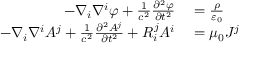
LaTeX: \begin{array} { r l } { - \nabla _ { i } \nabla ^ { i } \varphi + { \frac { 1 } { c ^ { 2 } } } { \frac { \partial ^ { 2 } \varphi } { \partial t ^ { 2 } } } } & { { } = { \frac { \rho } { \varepsilon _ { 0 } } } } \\ { - \nabla _ { i } \nabla ^ { i } A ^ { j } + { \frac { 1 } { c ^ { 2 } } } { \frac { \partial ^ { 2 } A ^ { j } } { \partial t ^ { 2 } } } + R _ { i } ^ { j } A ^ { i } } & { { } = \mu _ { 0 } J ^ { j } } \end{array}